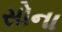
સોના